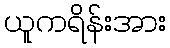
ယူကရိန်းအား